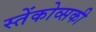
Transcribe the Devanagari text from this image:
स्तेंकोव्सकी